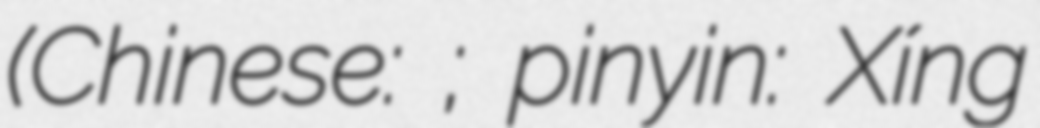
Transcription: (Chinese: 刑卜施離值星霞弗; pinyin: Xíng